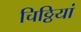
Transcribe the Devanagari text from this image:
चिठ्ठियां